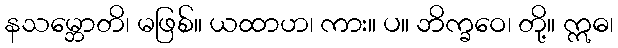
နသမ္ဘောတိ၊ မဖြစ်။ ယထာဟ၊ ကား။ ပ။ ဘိက္ခဝေ၊ တို့။ ဣဓ၊